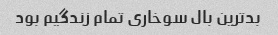
بدترین بال سوخاری تمام زندگیم بود